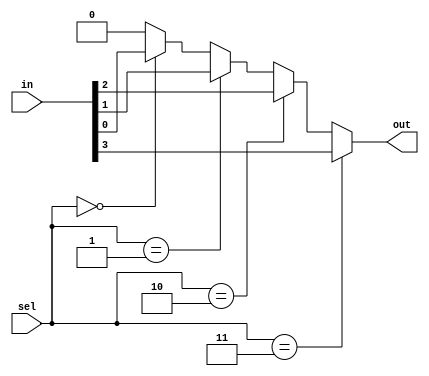
module mux #(
    parameter n = 2
) (
    input [(2**n)-1:0] in,
    input [n-1:0] sel,
    output reg out
);

    integer i;
    always @(*) begin
        out = 1'b0; // Initialize output to 0
        for(i = 0; i < (2**n); i = i + 1) begin
            if(sel == i) begin
                out = in[i];
            end
        end
    end
endmodule